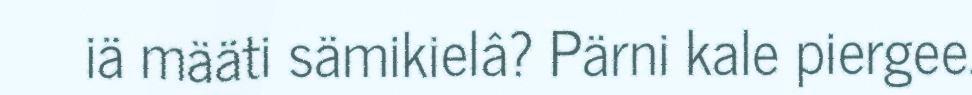
iä määti sämikielâ? Pärni kale piergee.